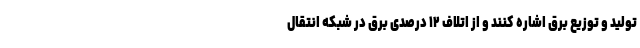
تولید و توزیع برق اشاره کنند و از اتلاف ۱۲ درصدی برق در شبکه انتقال